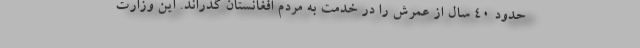
حدود ۴۰ سال از عمرش را در خدمت به مردم افغانستان گذراند. این وزارت